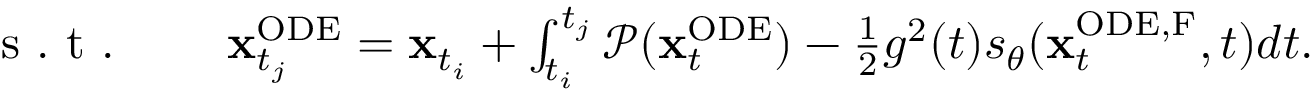
\begin{array} { r l } { \mathrm { ~ s ~ . ~ t ~ . ~ } \quad } & { { } \mathbf { x } _ { t _ { j } } ^ { \mathrm { O D E } } = \mathbf { x } _ { t _ { i } } + \int _ { t _ { i } } ^ { t _ { j } } \mathcal { P } ( \mathbf { x } _ { t } ^ { \mathrm { O D E } } ) - \frac { 1 } { 2 } g ^ { 2 } ( t ) s _ { \theta } ( \mathbf { x } _ { t } ^ { \mathrm { O D E , F } } , t ) d t . } \end{array}